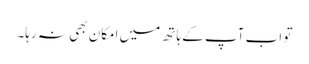
تو اب آپ کے ہاتھ میں امکان بھی نہ رہا۔